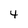
Character: 4